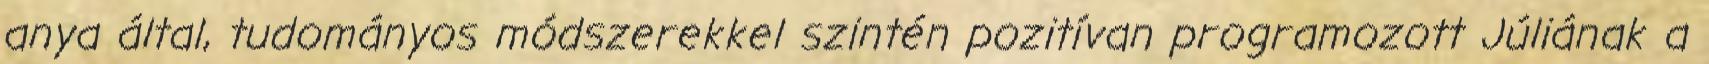
anya által, tudományos módszerekkel szintén pozitívan programozott Júliának a